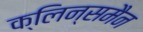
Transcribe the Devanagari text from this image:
क्लिन्समैन